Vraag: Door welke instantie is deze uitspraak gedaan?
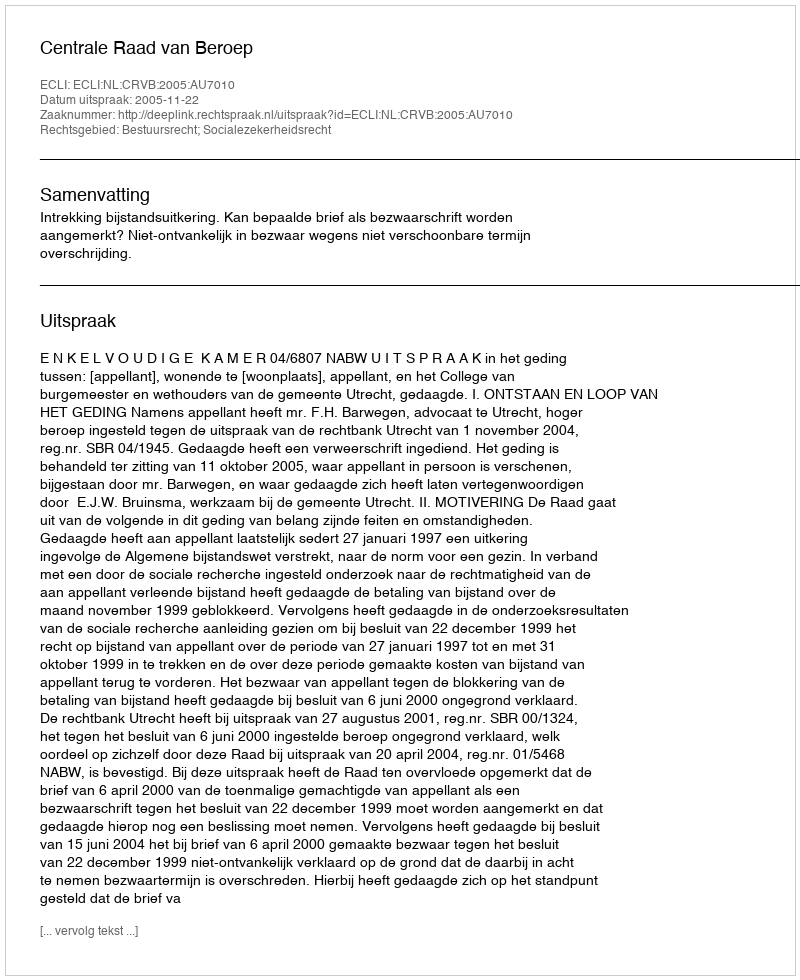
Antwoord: Centrale Raad van Beroep